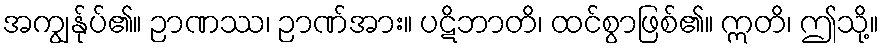
အကျွန်ုပ်၏။ ဉာဏဿ၊ ဉာဏ်အား။ ပဋိဘာတိ၊ ထင်စွာဖြစ်၏။ ဣတိ၊ ဤသို့။